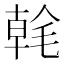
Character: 㲦